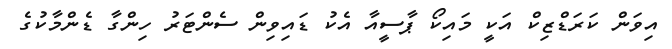
އިވަން ކަރަޑްޒިކް އަކީ މައިކޯ ޕާސީއާ އެކު ޑައިވިން ސެންޓަރު ހިންގާ ޑެންމާކުގެ